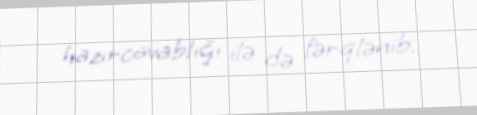
hazırcavablığı ilə də fərqlənib.